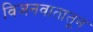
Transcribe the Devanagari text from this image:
विजनवातातून